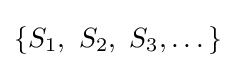
\left\{S_{1},\ S_{2},\ S_{3},\dots \right\}